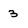
Character: 3